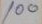
100